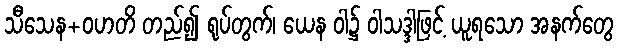
သီသေန+ဝဟတိ တည်၍ ရုပ်တွက်၊ ယေန ဝါ၌ ဝါသဒ္ဒါဖြင့် ယူရသော အနက်တွေ